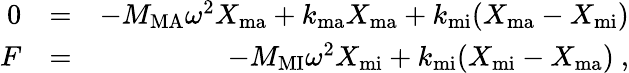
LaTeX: \begin{array}{rlr}{0}&{=}&{-M_{\mathrm{MA}}\omega^{2}X_{\mathrm{ma}}+k_{\mathrm{ma}}X_{\mathrm{ma}}+k_{\mathrm{mi}}(X_{\mathrm{ma}}-X_{\mathrm{mi}})}\\ {F}&{=}&{-M_{\mathrm{MI}}\omega^{2}X_{\mathrm{mi}}+k_{\mathrm{mi}}(X_{\mathrm{mi}}-X_{\mathrm{ma}})~,}\end{array}